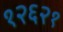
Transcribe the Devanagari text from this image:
१२६२१